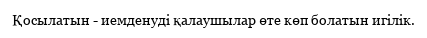
Қосылатын - иемденуді қалаушылар өте көп болатын игілік.